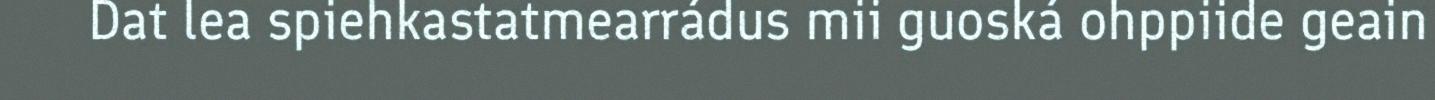
Dat lea spiehkastatmearrádus mii guoská ohppiide geain